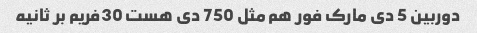
دوربین 5 دی مارک فور هم مثل 750 دی هست 30فریم بر ثانیه